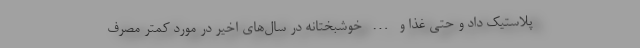
پلاستیک داد و حتی غذا و … خوشبختانه در سال‌های اخیر در مورد کمتر مصرف